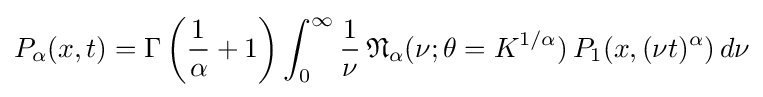
P_{\alpha }(x,t)=\Gamma \left({\frac {1}{\alpha }}+1\right)\int _{0}^{\infty }{\frac {1}{\nu }}\,{\mathfrak {N}}_{\alpha }(\nu ;\theta =K^{1/\alpha })\,P_{1}(x,(\nu t)^{\alpha })\,d\nu